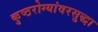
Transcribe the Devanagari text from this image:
कुष्ठरोग्यांवरसुद्धा